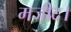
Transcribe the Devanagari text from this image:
मजीद।